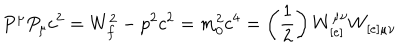
LaTeX: P ^ { \mu } P _ { \mu } c ^ { 2 } = W _ { f } ^ { 2 } - p ^ { 2 } c ^ { 2 } = m _ { 0 } ^ { 2 } c ^ { 4 } = \left( \frac { 1 } { 2 } \right) W _ { [ e ] } ^ { \mu \nu } W _ { [ e ] \mu \nu }